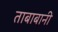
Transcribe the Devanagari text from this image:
ताबाबानी